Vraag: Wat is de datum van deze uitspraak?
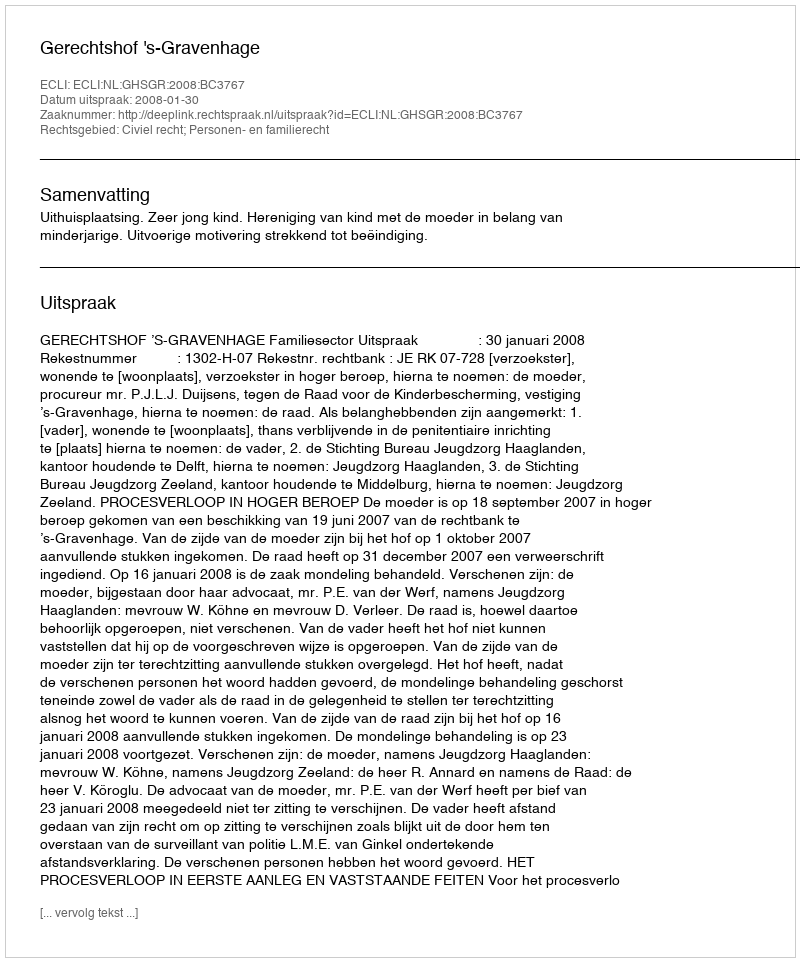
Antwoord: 2008-01-30